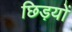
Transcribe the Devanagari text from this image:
छिड़यों